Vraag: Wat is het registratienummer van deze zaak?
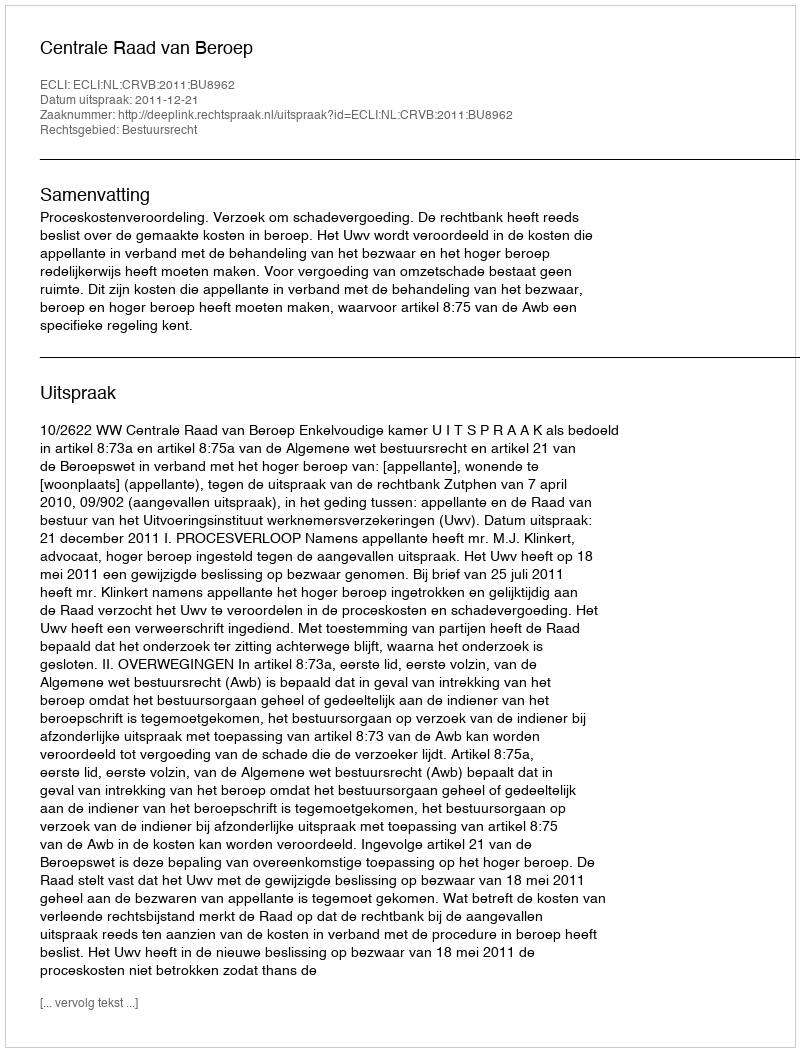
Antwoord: http://deeplink.rechtspraak.nl/uitspraak?id=ECLI:NL:CRVB:2011:BU8962